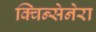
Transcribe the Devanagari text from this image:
क्विन्सेनेरा